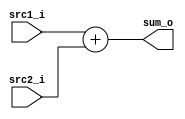
/***************************************************
Student Name: 
Student ID: 
***************************************************/

`timescale 1ns/1ps

module Adder(
    input  [31:0] src1_i,
	input  [31:0] src2_i,
	output [31:0] sum_o
	);
    

assign  sum_o = src1_i + src2_i; 


endmodule